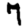
Digit: 7